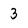
Character: 3